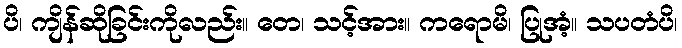
ပိ၊ ကျိန်ဆိုခြင်းကိုလည်း။ တေ၊ သင့်အား။ ကရောမိ၊ ပြုအံ့။ သပတံပိ၊